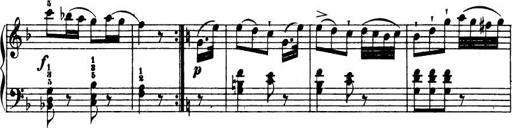
Title: Le bouquetier
Composer: Anton Diabelli
Key: G major
 C major
 F major
 C major